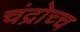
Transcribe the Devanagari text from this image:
चंद्रोच्च